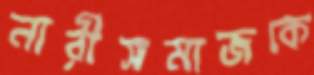
নারীসমাজকে